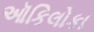
ઑકિલોકા